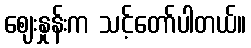
ဈေးနှုန်းက သင့်တော်ပါတယ်။